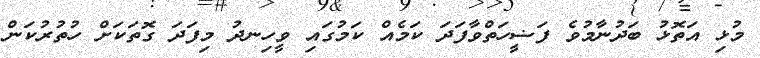
މުޅި އަތޮޅު ބަދުނާމުވެ ފަޟީހަތްވާފަދަ ކަމެއް ކަމުގައި ވީހިނދު މިފަދަ ގޮތަކަށް ހުތުރުކަން